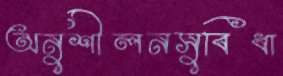
অনুশীলনসুবিধা